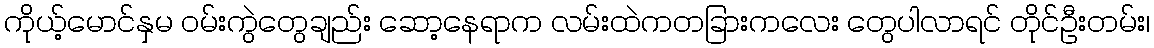
ကိုယ့်မောင်နှမ ဝမ်းကွဲတွေချည်း ဆော့နေရာက လမ်းထဲကတခြားကလေး တွေပါလာရင် တိုင်ဦးတမ်း၊